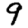
Digit: 9